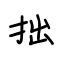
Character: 拙